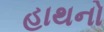
હાથનો